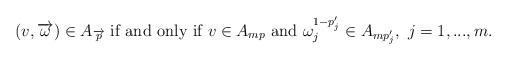
LaTeX: \begin{align*}(v, \overrightarrow{\omega})\in A_{\overrightarrow{p}} \hbox{ if and only if } v\in A_{mp}\hbox{ and }\omega_j^{1-p_j'}\in A_{mp_j'},~j=1,...,m.\end{align*}